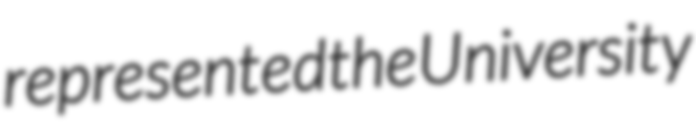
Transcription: represented the University